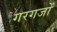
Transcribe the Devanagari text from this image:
गरगजों